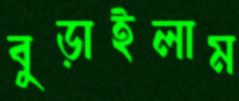
বুড়াইলাম